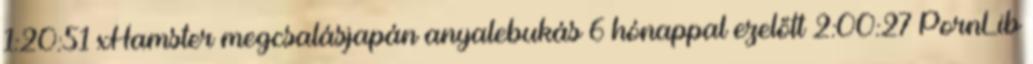
1:20:51 xHamster megcsalásjapán anyalebukás 6 hónappal ezelőtt 2:00:27 PornLib